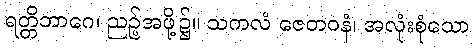
ရတ္တိဘာဂေ၊ ညဉ့်အဖို့၌။ သကလံ ဇေတဝနံ၊ အလုံးစုံသော